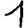
Digit: 1